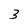
Character: 3